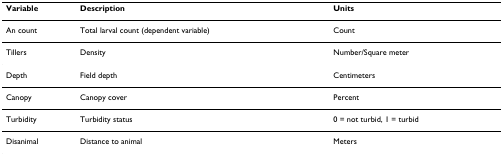
| Variable | Description | Units |
 | --- | --- | --- |
 | An count | Total larval count (dependent variable) | Count |
 | Tillers | Density | Number/Square meter |
 | Depth | Field depth | Centimeters |
 | Canopy | Canopy cover | Percent |
 | Turbidity | Turbidity status | 0 = not turbid, 1 = turbid |
 | Disanimal | Distance to animal | Meters |